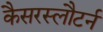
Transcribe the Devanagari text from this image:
कैसरस्लौटर्न